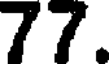
77.